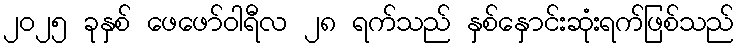
၂၀၂၅ ခုနှစ် ဖေဖော်ဝါရီလ ၂၈ ရက်သည် နှစ်နှောင်းဆုံးရက်ဖြစ်သည်